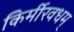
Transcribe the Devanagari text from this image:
किर्मीरवधम्